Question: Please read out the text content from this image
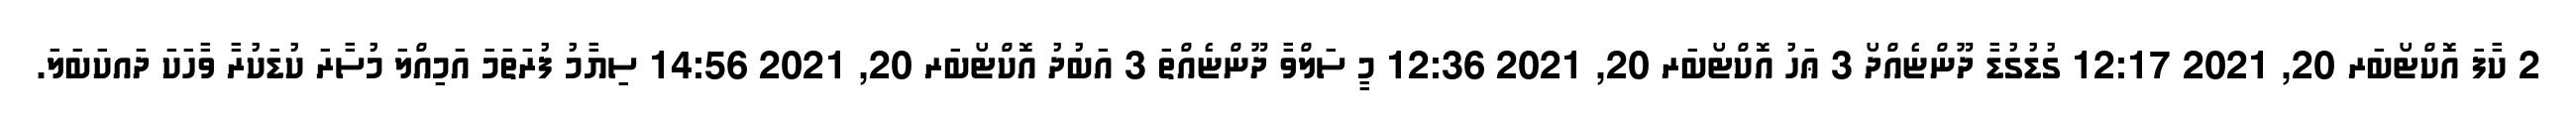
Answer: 2 ކާފަ އޮކްޓޯބަރ 20, 2021 12:17 ގުޑުގުޑާ ދޫންޏެއްދޯ 3 ޢަހު އޮކްޓޯބަރ 20, 2021 12:36 މީ ސަލްވާ ދޫންޏެއްތަ 3 އަބުދު އޮކްޓޯބަރ 20, 2021 14:56 ސިޔާމު ފުރަތަމަ އަމިއްލަ މުސާރަ ކުޑަކުރާ ވާހަކަ ދައކަބަލަ.